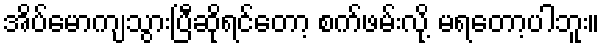
အိပ်မောကျသွားပြီဆိုရင်တော့ စက်ဖမ်းလို့ မရတော့ပါဘူး။